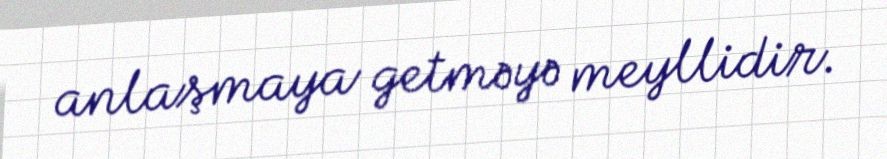
anlaşmaya getməyə meyllidir.